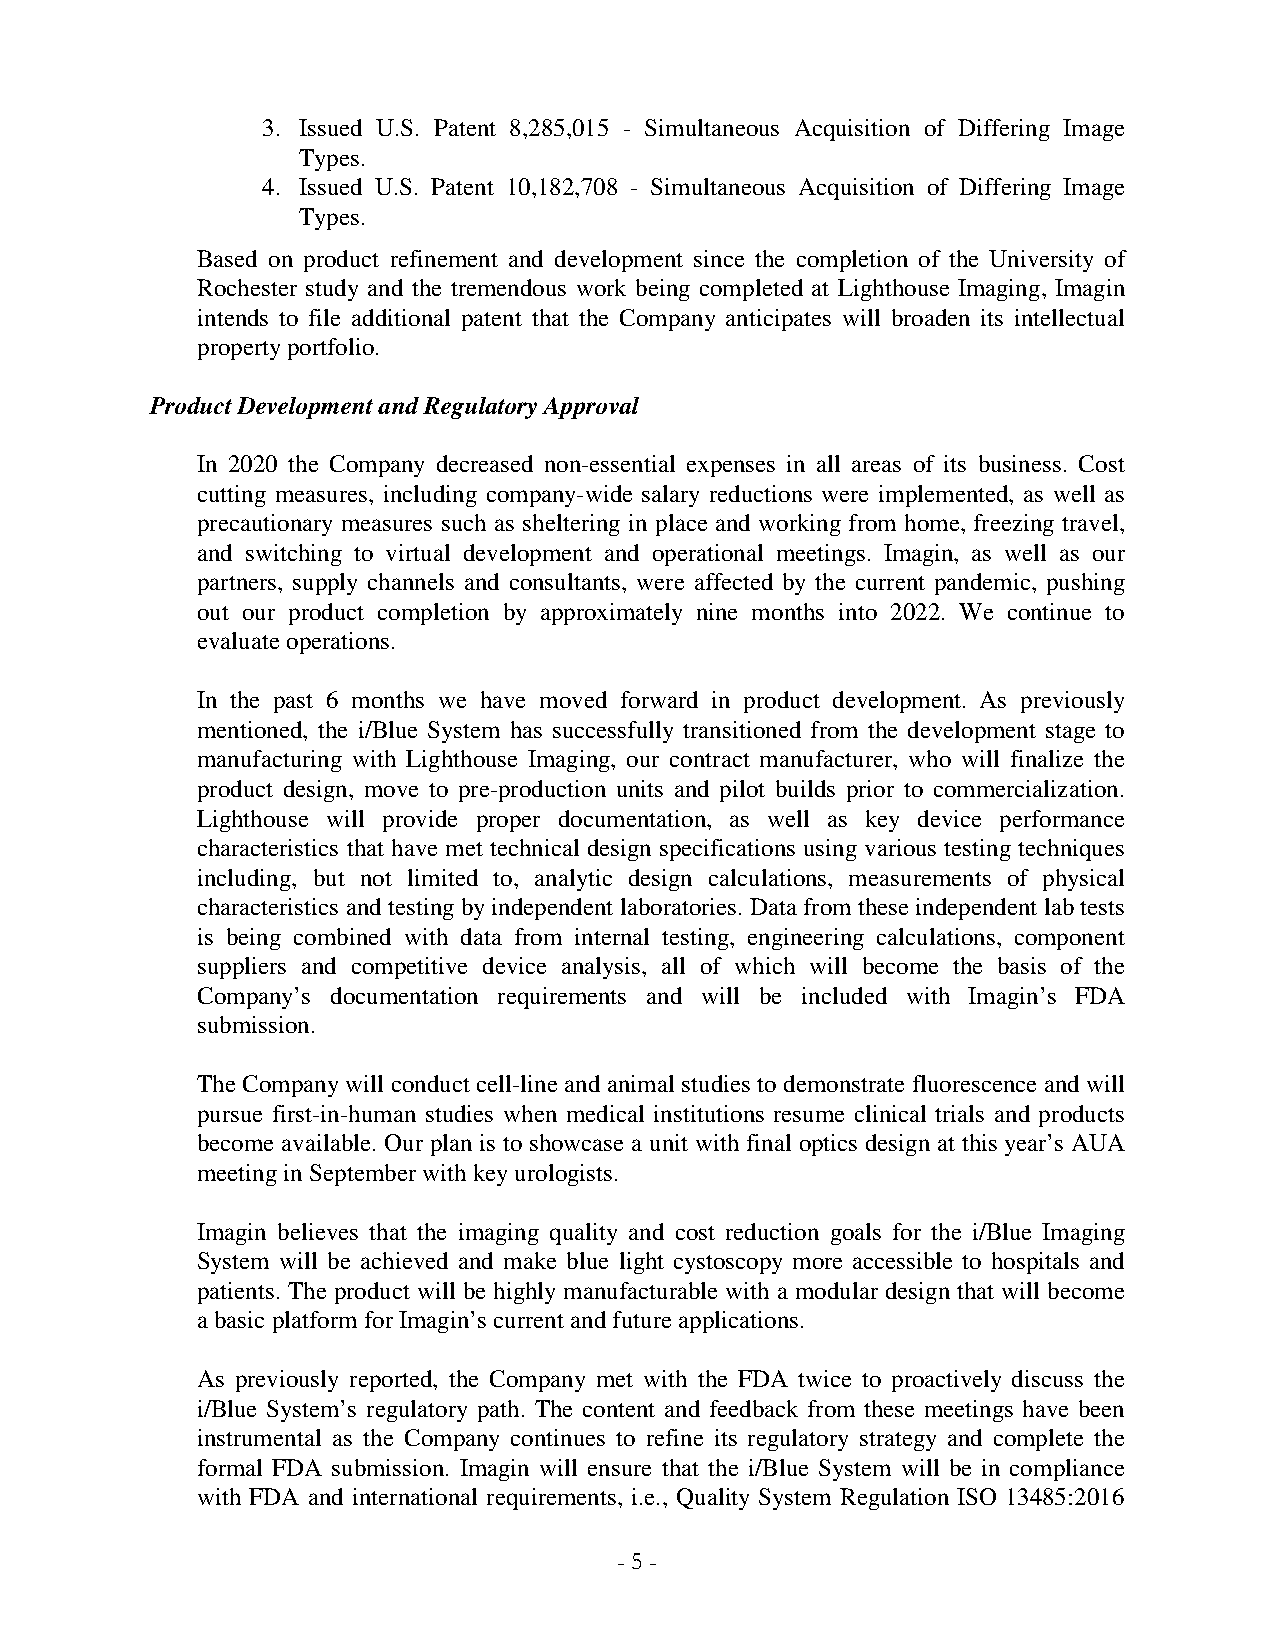
3. Issued U.S. Patent 8,285,015 - Simultaneous Acquisition of Differing Image
 Types.
 4. Issued U.S. Patent 10,182,708 - Simultaneous Acquisition of Differing Image
 Types.
 Based on product refinement and development since the completion of the University of
 Rochester study and the tremendous work being completed at Lighthouse Imaging, Imagin
 intends to file additional patent that the Company anticipates will broaden its intellectual
 property portfolio.
 Product Development and Regulatory Approval
 In 2020 the Company decreased non-essential expenses in all areas of its business. Cost
 cutting measures, including company-wide salary reductions were implemented, as well as
 precautionary measures such as sheltering in place and working from home, freezing travel,
 and switching to virtual development and operational meetings. Imagin, as well as our
 partners, supply channels and consultants, were affected by the current pandemic, pushing
 out our product completion by approximately nine months into 2022. We continue to
 evaluate operations.
 In the past 6 months we have moved forward in product development. As previously
 mentioned, the i/Blue System has successfully transitioned from the development stage to
 manufacturing with Lighthouse Imaging, our contract manufacturer, who will finalize the
 product design, move to pre-production units and pilot builds prior to commercialization.
 Lighthouse will provide proper documentation, as well as key device performance
 characteristics that have met technical design specifications using various testing techniques
 including, but not limited to, analytic design calculations, measurements of physical
 characteristics and testing by independent laboratories. Data from these independent lab tests
 is being combined with data from internal testing, engineering calculations, component
 suppliers and competitive device analysis, all of which will become the basis of the
 Company’s documentation requirements and will be included with Imagin’s FDA
 submission.
 The Company will conduct cell-line and animal studies to demonstrate fluorescence and will
 pursue first-in-human studies when medical institutions resume clinical trials and products
 become available. Our plan is to showcase a unit with final optics design at this year’s AUA
 meeting in September with key urologists.
 Imagin believes that the imaging quality and cost reduction goals for the i/Blue Imaging
 System will be achieved and make blue light cystoscopy more accessible to hospitals and
 patients. The product will be highly manufacturable with a modular design that will become
 a basic platform for Imagin’s current and future applications.
 As previously reported, the Company met with the FDA twice to proactively discuss the
 i/Blue System’s regulatory path. The content and feedback from these meetings have been
 instrumental as the Company continues to refine its regulatory strategy and complete the
 formal FDA submission. Imagin will ensure that the i/Blue System will be in compliance
 with FDA and international requirements, i.e., Quality System Regulation ISO 13485:2016
 - 5 -